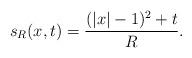
LaTeX: \begin{align*}s_R(x,t)=\frac{(|x|-1)^2+t}{R}.\end{align*}